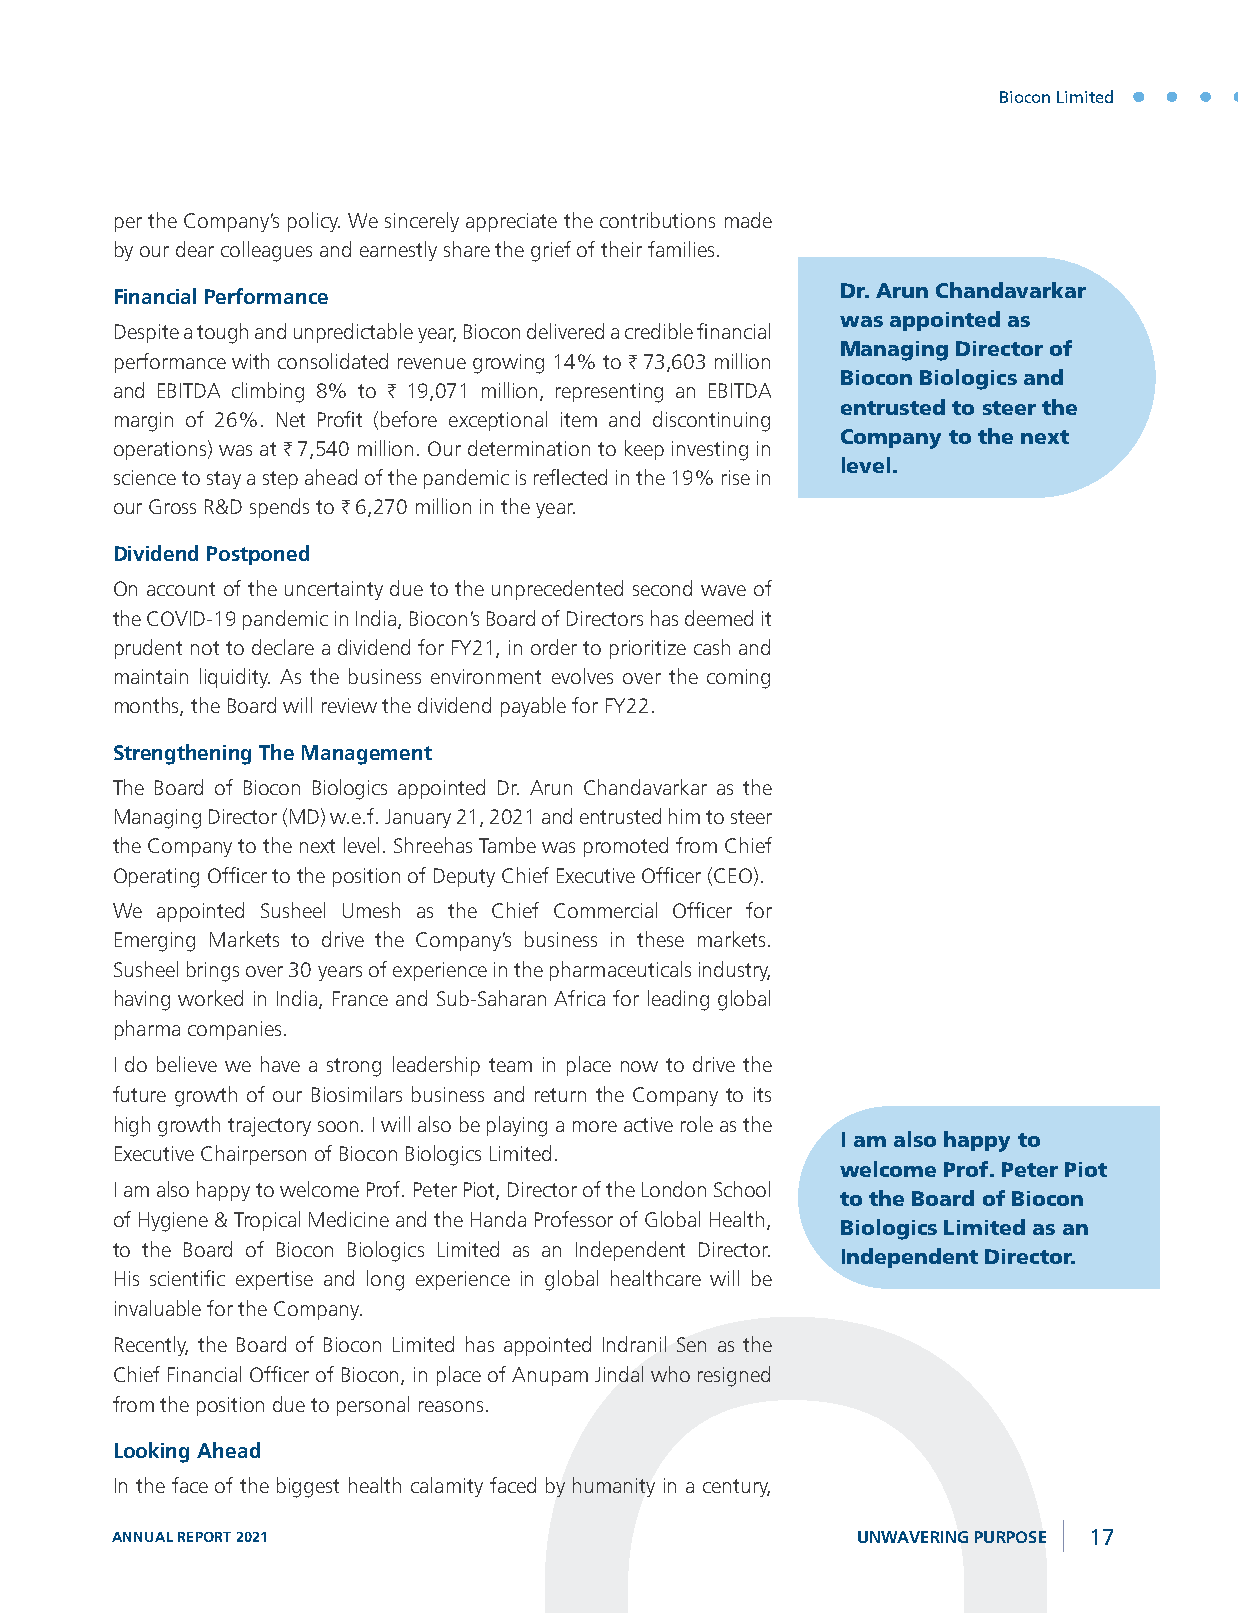
Biocon Limited
 per the Company’s policy. We sincerely appreciate the contributions made
 by our dear colleagues and earnestly share the grief of their families.
 Dr. Arun Chandavarkar
 Financial Performance
 was appointed as
 Despite a tough and unpredictable year, Biocon delivered a credible financial
 Managing Director of
 performance with consolidated revenue growing 14% to H 73,603 million
 Biocon Biologics and
 and EBITDA climbing 8% to H 19,071 million, representing an EBITDA
 entrusted to steer the
 margin of 26%. Net Profit (before exceptional item and discontinuing
 Company to the next
 operations) was at H 7,540 million. Our determination to keep investing in
 level.
 science to stay a step ahead of the pandemic is reflected in the 19% rise in
 our Gross R&D spends to H 6,270 million in the year.
 Dividend Postponed
 On account of the uncertainty due to the unprecedented second wave of
 the COVID-19 pandemic in India, Biocon’s Board of Directors has deemed it
 prudent not to declare a dividend for FY21, in order to prioritize cash and
 maintain liquidity. As the business environment evolves over the coming
 months, the Board will review the dividend payable for FY22.
 Strengthening The Management
 The Board of Biocon Biologics appointed Dr. Arun Chandavarkar as the
 Managing Director (MD) w.e.f. January 21, 2021 and entrusted him to steer
 the Company to the next level. Shreehas Tambe was promoted from Chief
 Operating Officer to the position of Deputy Chief Executive Officer (CEO).
 We appointed Susheel Umesh as the Chief Commercial Officer for
 Emerging Markets to drive the Company’s business in these markets.
 Susheel brings over 30 years of experience in the pharmaceuticals industry,
 having worked in India, France and Sub-Saharan Africa for leading global
 pharma companies.
 I do believe we have a strong leadership team in place now to drive the
 future growth of our Biosimilars business and return the Company to its
 high growth trajectory soon. I will also be playing a more active role as the
 I am also happy to
 Executive Chairperson of Biocon Biologics Limited.
 welcome Prof. Peter Piot
 I am also happy to welcome Prof. Peter Piot, Director of the London School
 to the Board of Biocon
 of Hygiene & Tropical Medicine and the Handa Professor of Global Health,
 Biologics Limited as an
 to the Board of Biocon Biologics Limited as an Independent Director.
 Independent Director.
 His scientific expertise and long experience in global healthcare will be
 invaluable for the Company.
 Recently, the Board of Biocon Limited has appointed Indranil Sen as the
 Chief Financial Officer of Biocon, in place of Anupam Jindal who resigned
 from the position due to personal reasons.
 Looking Ahead
 In the face of the biggest health calamity faced by humanity in a century,
 ANNUAL REPORT 2021                                UNWAVERING PURPOSE 17